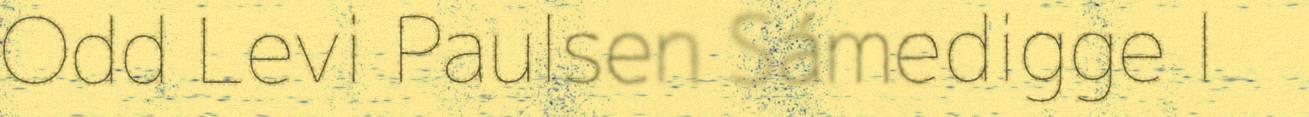
Odd Levi Paulsen Sámedigge l